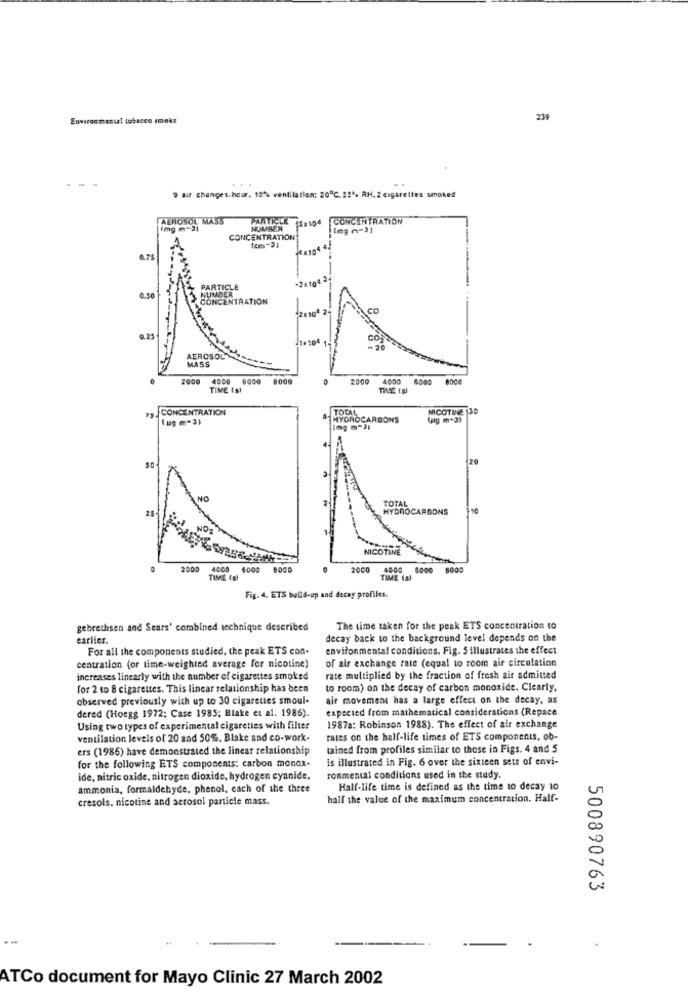
Environmental tobacco smoke
239
--
...
9 air changes.hour. 10% ventilation; 20℃. 35". AH. 2 cigaretles smoked
AEROSOL MASS
PARTICLE 15:104
CONCENTRATION
(mg m-31
NUMBER
CONCENTRATION
tem-31
PARTICLE
NUMBER
6.50
CONCENTRATION
co
2.25
AEROSOL
MASS
2000
4000 6000 8000
4000
6000 8000
TIME Is!
TIME 1.81
CONCENTRATION
TOTAL
NICOTINE 130
( wgm-3)
MYOROCARBONS
(pg m-33
NO
TOTAL
25
HYDROCARBONS
NICOTINE
2000
4000
4000
BOCO
2000
4000
000
8000
TIME (E)
TIME (s)
Fig. 4. ETS build-up and decay profilet.
gebrethsen and Sears' combined technique described
The time taken for the peak ETS concentration to
earlier.
decay back to the background level depends on the
For all the components studied, the peak ETS con-
environmental conditions. Fig. 5 illustrates the effect
of air exchange rate (equal to room air circulation
centration (or time-weighted average for nicotine)
increases linearly with the number of cigarettes smoked
rate multiplied by the fraction of fresh air admitted
for 2 to 8 cigarettes. This linear relationship has been
to room) on the decay of carbon monoxide. Clearly.
observed previously with up to 30 cigarettes smoul-
air movement has a large effect on the decay, as
dered (Hoegg 1972: Case 1985; Blake et al. 1986).
expected from mathematical considerations (Repace
Using two types of experimental cigarettes with filter
1987a: Robinson 1988). The effect of air exchange
ventilation levels of 20 and 50%. Blake and co-work-
rates on the half-life times of ETS components, ob-
ers (1986) have demonstrated the linear relationship
tained from profiles similar to those in Figs. 4 and 5
is illustrated in Fig. 6 over the sixteen sets of envi-
for the following ETS components: carbon monox.
ide, nitric oxide, nitrogen dioxide, hydrogen cyanide.
ronmental conditions used in the study.
ammonia, formaldehyde, phenol, each of the three
Half-life time is defined as the time to decay 10
cresols. nicotine and aerosol particle mass.
half the value of the maximum concentration. Half-
500890763
ATCo document for Mayo Clinic 27 March 2002